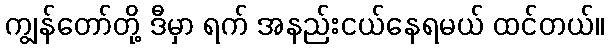
ကျွန်တော်တို့ ဒီမှာ ရက် အနည်းငယ်နေရမယ် ထင်တယ်။